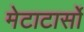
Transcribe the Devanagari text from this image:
मेटाटार्सो